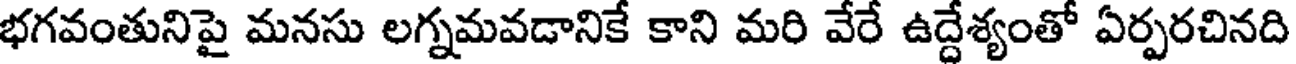
భగవంతునిపై మనసు లగ్నమవడానికే కాని మరి వేరే ఉద్దేశ్యంతో ఏర్పరచినది